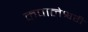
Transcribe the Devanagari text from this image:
कपालेश्वरी